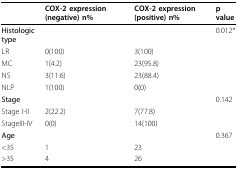
|  | COX-2 expression (negative) n% | COX-2 expression (positive) n% | p value |
 | --- | --- | --- | --- |
 | Histologic type |  |  | 0.012* |
 | LR | 0(100) | 3(100) |  |
 | MC | 1(4.2) | 23(95.8) |  |
 | NS | 3(11.6) | 23(88.4) |  |
 | NLP | 1(100) | 0(0) |  |
 | Stage |  |  | 0.142 |
 | Stage I-II | 2(22.2) | 7(77.8) |  |
 | StageIII-IV | 0(0) | 14(100) |  |
 | Age |  |  | 0.367 |
 | <35 | 1 | 23 |  |
 | >35 | 4 | 26 |  |